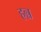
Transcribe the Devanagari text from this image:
हन्न